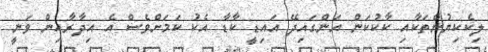
ލިކެކިޔުންތަކާއި ކާކުކަން އަންގައިދޭ އައިޑީ ކާޑާ އެކު ކަމަށްވެސް އެ އިދާރާއިން ވަނީ